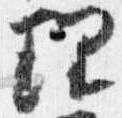
理